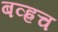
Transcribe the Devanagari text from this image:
बव्ह्रच